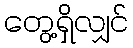
တွေ့ရှိလျှင်